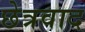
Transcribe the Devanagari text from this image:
छेत्रवाद